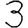
Digit: 3